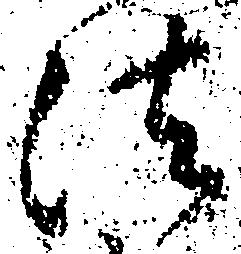
法